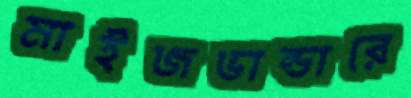
মাইজভান্ডারে